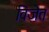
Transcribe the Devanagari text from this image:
विजेत